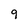
Character: 9